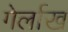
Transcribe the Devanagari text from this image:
गेर्लाख